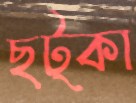
ছট্‌কা